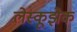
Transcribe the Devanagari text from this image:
लेस्कूझेक